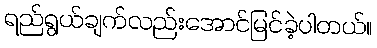
ရည်ရွယ်ချက်လည်းအောင်မြင်ခဲ့ပါတယ်။